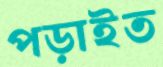
পড়াইত